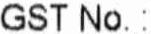
GST NO.: